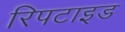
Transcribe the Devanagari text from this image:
रिपटाइड